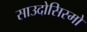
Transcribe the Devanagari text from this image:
साउदोसिस्मो